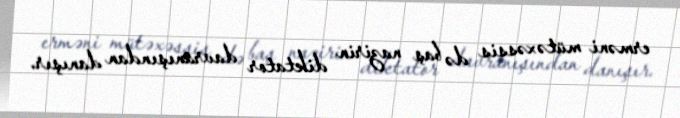
erməni mütəxəssis də baş nazirin diktator davranışından danışır.